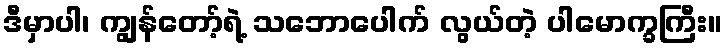
ဒီမှာပါ၊ ကျွန်တော့်ရဲ့ သဘောပေါက် လွယ်တဲ့ ပါမောက္ခကြီး။